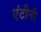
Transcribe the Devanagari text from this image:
एंटीनी